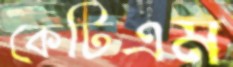
কেটিএম